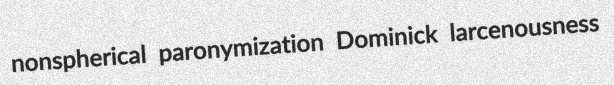
nonspherical paronymization Dominick larcenousness